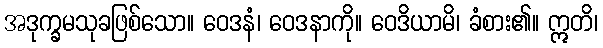
အဒုက္ခမသုခဖြစ်သော။ ဝေဒနံ၊ ဝေဒနာကို။ ဝေဒိယာမိ၊ ခံစား၏။ ဣတိ၊